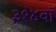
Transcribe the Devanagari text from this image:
३१४वॉ